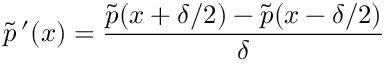
\tilde { p } \, ^ { \prime } ( x ) = \frac { \tilde { p } ( x + \delta / 2 ) - \tilde { p } ( x - \delta / 2 ) } { \delta }